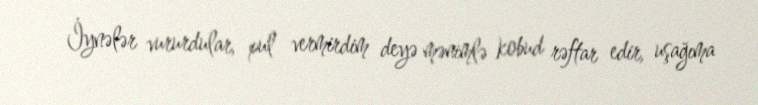
İynələr vururdular, pul vermirdim deyə mənimlə kobud rəftar edir, uşağıma